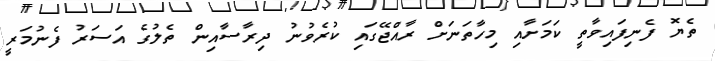
ތެޔޮ ފެނިފައިވާތީ ކަމަށާއި މިހާތަނަށް ރާއްޖޭގައި ކުރެވުނު ދިރާސާއިން ތެލުގެ އަސަރު ފެނުމަރީ